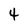
Character: 4